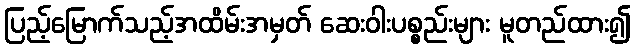
ပြည့်မြောက်သည့်အထိမ်းအမှတ် ဆေးဝါးပစ္စည်းများ မူတည်ထား၍